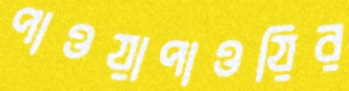
পাওয়াপাওয়ির